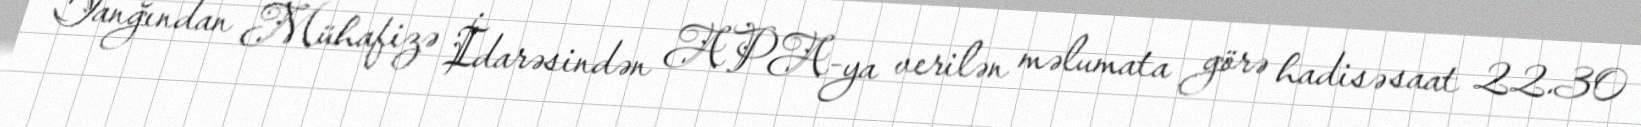
Yanğından Mühafizə İdarəsindən APA-ya verilən məlumata görə hadisə saat 22.30